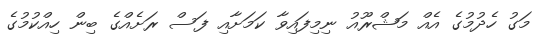
މަގު ހެދުމުގެ އެއް މަޝްރޫއު ނިމިފައިވާ ކަމަށާއި ފަސް ރަށެއްގެ ބިން ހިއްކުމުގެ